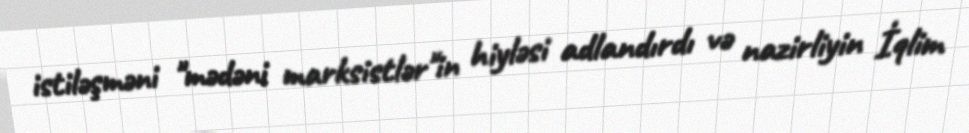
istiləşməni "mədəni marksistlər"in hiyləsi adlandırdı və nazirliyin İqlim